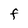
Character: F